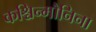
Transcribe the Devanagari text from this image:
कश्चिन्मौनिना